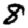
Digit: 8